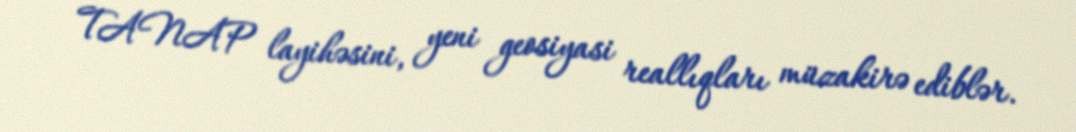
TANAP layihəsini, yeni geosiyasi reallıqları müzakirə ediblər.